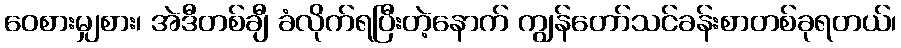
ဝေစားမျှစား၊ အဲဒီတစ်ချီ ခံလိုက်ရပြီးတဲ့နောက် ကျွန်တော်သင်ခန်းစာတစ်ခုရတယ်၊